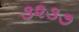
૩૨૩૭